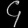
Digit: ၄